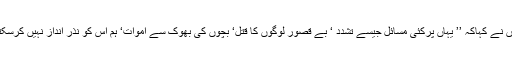
انہوں نے کہاکہ ’’ یہاں پرکئی مسائل جیسے تشدد ‘ بے قصور لوگوں کا قتل‘ بچوں کی بھوک سے اموات‘ ہم اس کو نذر انداز نہیں کرسکتے۔